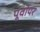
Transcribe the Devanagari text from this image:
पूर्वोपर